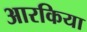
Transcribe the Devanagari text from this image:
आरकिया